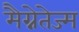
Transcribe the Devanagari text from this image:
मैग्नेतेज्म